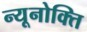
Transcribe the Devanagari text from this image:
न्यूनोक्‍ति